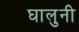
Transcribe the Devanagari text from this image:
घालुनी